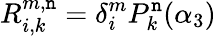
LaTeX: R_{i,k}^{m,\mathtt{n}}=\delta_{i}^{m}P_{k}^{\mathtt{n}}(\alpha_{3})